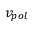
v _ { p o l }